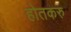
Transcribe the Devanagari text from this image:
होतकरु